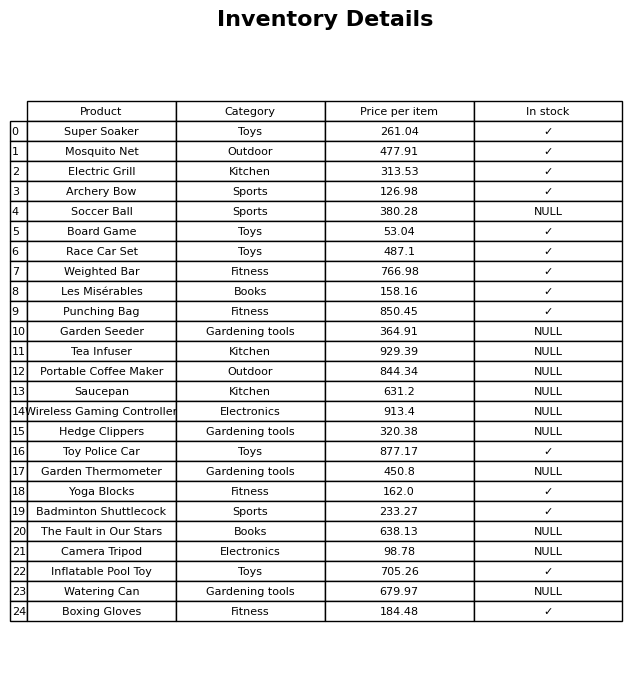
question: What is the price of the Watering Can?
answer: The price of Watering Can is 679.97.